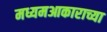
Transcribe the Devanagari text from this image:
मध्यमआकाराच्या